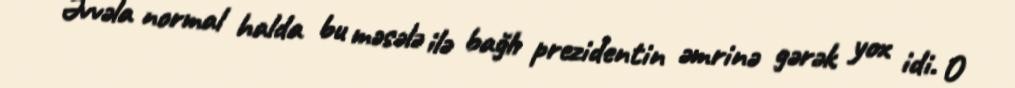
Əvvəla normal halda bu məsələ ilə bağlı prezidentin əmrinə gərək yox idi. O